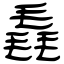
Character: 毳